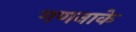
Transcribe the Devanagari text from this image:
गणनाके